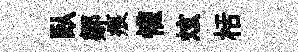
臥鄒痕懽炫栝